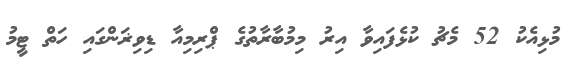
މުޅިއެކު 52 މެޗު ކުޅެފައިވާ އިރު މިމުބާރާތުގެ ޕްރިމިއާ ޑިވިޜަންގައި ހަތް ޓީމު